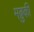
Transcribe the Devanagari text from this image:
मब्रुकी